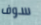
سوف